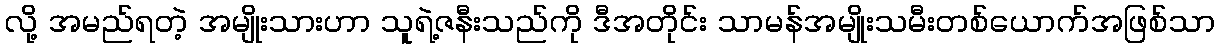
လို့ အမည်ရတဲ့ အမျိုးသားဟာ သူရဲ့ဇနီးသည်ကို ဒီအတိုင်း သာမန်အမျိုးသမီးတစ်ယောက်အဖြစ်သာ